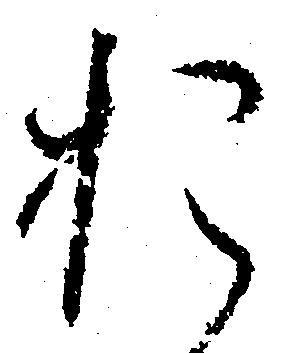
お